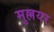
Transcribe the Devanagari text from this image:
मुल्लयर